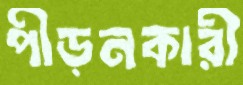
পীড়নকারী